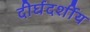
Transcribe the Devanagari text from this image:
दीर्घदर्शीय